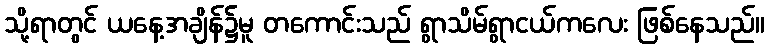
သို့ရာတွင် ယနေ့အချိန်၌မူ တကောင်းသည် ရွာသိမ်ရွာငယ်ကလေး ဖြစ်နေသည်။